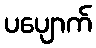
ပပျောက်